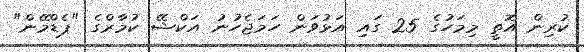
ކުރިން އޮތީ މިމަހުގެ 25 ގައި އަޅުވަން ހަމަޖެހުނު އަކްޝޭ ކުމާރްގެ "ޕެޑްމޭން"